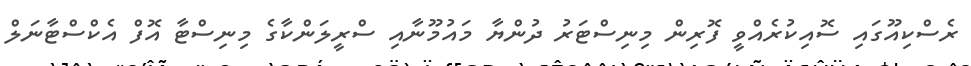
ރެސްކިއޫގައި ސޮއިކުރެއްވީ ފޮރިން މިނިސްޓަރު ދުންޔާ މައުމޫނާއި ސްރީލަންކާގެ މިނިސްޓާ އޮފް އެކްސްޓާނަލް